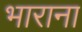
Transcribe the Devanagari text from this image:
भाराना